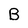
Character: B